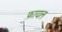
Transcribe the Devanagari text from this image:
फ़ायल